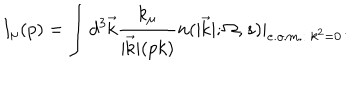
LaTeX: I _ { \mu } ( p ) = \int { d ^ { 3 } \vec { \mathrm { k } } } { \frac { k _ { \mu } } { \vert \vec { \mathrm { k } } \vert ( p k ) } } n ( \vert \vec { \mathrm { k } } \vert ; \Omega , s ) \vert _ { e . o . m . : \ k ^ { 2 } = 0 } .